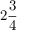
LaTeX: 2 { \frac { 3 } { 4 } }